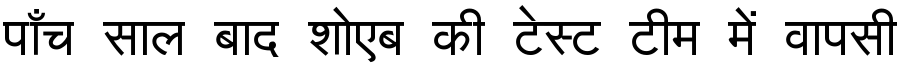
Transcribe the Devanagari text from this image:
पाँच साल बाद शोएब की टेस्ट टीम में वापसी